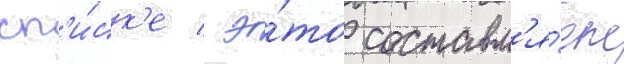
сп'и́ск'е / э́то составл'я́ет